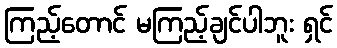
ကြည့်တောင် မကြည့်ချင်ပါဘူး ရှင်